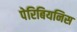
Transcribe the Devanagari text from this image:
पेरिबियनिस